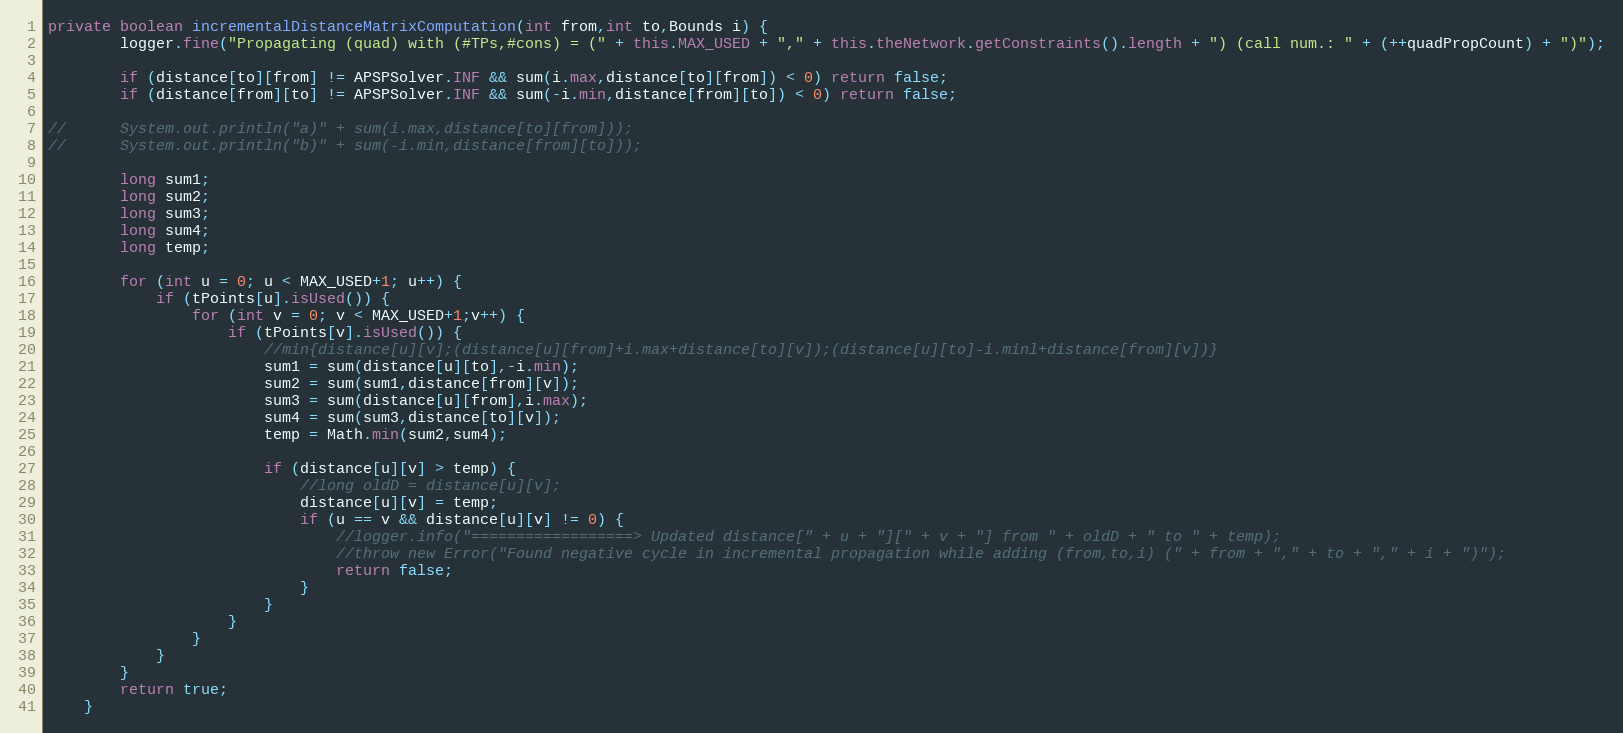
Language: Java
private boolean incrementalDistanceMatrixComputation(int from,int to,Bounds i) {
		logger.fine("Propagating (quad) with (#TPs,#cons) = (" + this.MAX_USED + "," + this.theNetwork.getConstraints().length + ") (call num.: " + (++quadPropCount) + ")");

		if (distance[to][from] != APSPSolver.INF && sum(i.max,distance[to][from]) < 0) return false;
		if (distance[from][to] != APSPSolver.INF && sum(-i.min,distance[from][to]) < 0) return false;

//		System.out.println("a)" + sum(i.max,distance[to][from]));
//		System.out.println("b)" + sum(-i.min,distance[from][to]));

		long sum1;
		long sum2;
		long sum3;
		long sum4;
		long temp;

		for (int u = 0; u < MAX_USED+1; u++) {
			if (tPoints[u].isUsed()) {
				for (int v = 0; v < MAX_USED+1;v++) {
					if (tPoints[v].isUsed()) {
						//min{distance[u][v];(distance[u][from]+i.max+distance[to][v]);(distance[u][to]-i.minl+distance[from][v])}
						sum1 = sum(distance[u][to],-i.min);
						sum2 = sum(sum1,distance[from][v]);
						sum3 = sum(distance[u][from],i.max);
						sum4 = sum(sum3,distance[to][v]);
						temp = Math.min(sum2,sum4);

						if (distance[u][v] > temp) {
							//long oldD = distance[u][v];
							distance[u][v] = temp;
							if (u == v && distance[u][v] != 0) {
								//logger.info("==================> Updated distance[" + u + "][" + v + "] from " + oldD + " to " + temp);
								//throw new Error("Found negative cycle in incremental propagation while adding (from,to,i) (" + from + "," + to + "," + i + ")");
								return false;
							}
						}
					}
				}
			}
		}
		return true;
	}